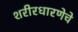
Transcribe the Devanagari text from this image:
शरीरधारणेचे